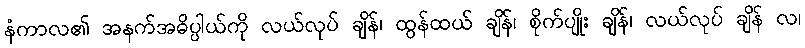
နံကာလ၏ အနက်အဓိပ္ပါယ်ကို လယ်လုပ် ချိန်၊ ထွန်ထယ် ချိန်၊ စိုက်ပျိုး ချိန်၊ လယ်လုပ် ချိန် လ၊